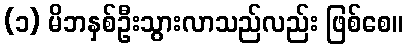
(၁) မိဘနှစ်ဦးသွားလာသည်လည်း ဖြစ်စေ။